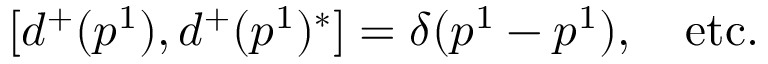
[ d ^ { + } ( p ^ { 1 } ) , d ^ { + } ( p ^ { 1 } ) ^ { * } ] = \delta ( p ^ { 1 } - p ^ { 1 } ) , \quad \mathrm { e t c . }